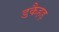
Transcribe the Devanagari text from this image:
डकैहड़